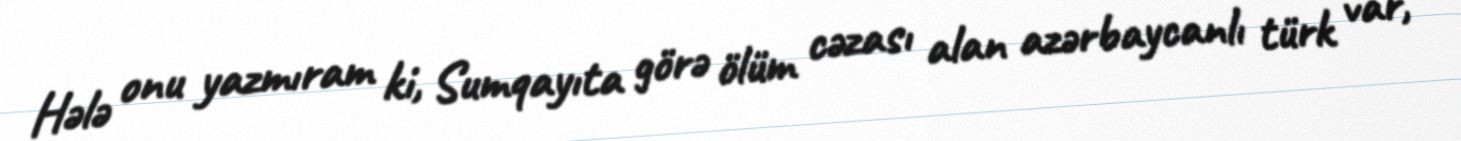
Hələ onu yazmıram ki, Sumqayıta görə ölüm cəzası alan azərbaycanlı türk var,